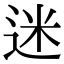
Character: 迷